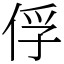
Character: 俘